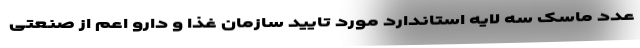
عدد ماسک سه لایه استاندارد مورد تایید سازمان غذا و دارو اعم از صنعتی